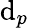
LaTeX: \mathrm{d}_{p}